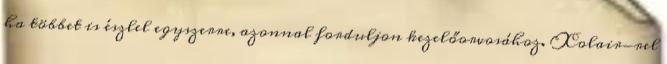
ha többet is észlel egyszerre, azonnal forduljon kezelőorvosához. Xolair-rel